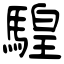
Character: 騜